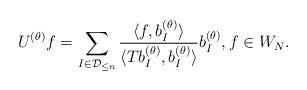
LaTeX: \begin{align*} U^{(\theta)} f = \sum_{I\in\mathcal{D}_{\leq n}} \frac{\langle f, b_I^{(\theta)}\rangle} {\langle Tb_I^{(\theta)}, b_I^{(\theta)}\rangle} b_I^{(\theta)}, f\in W_N. \end{align*}